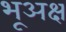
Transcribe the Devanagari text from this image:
भूअक्ष